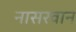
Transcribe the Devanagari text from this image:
नासरवान